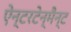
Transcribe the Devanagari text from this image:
ऐन्टरटेन्मैन्ट